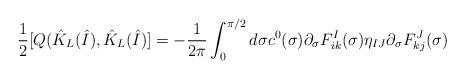
LaTeX: \begin{align*}\frac{1}{2}[Q(\hat{K}_L(\hat{I}),\hat{K}_L(\hat{I})]=-\frac{1}{2\pi}\int_0^{\pi/2}d\sigma c^0(\sigma) \partial_{\sigma}F^I_{ik}(\sigma)\eta_{IJ}\partial_{\sigma}F^J_{kj}(\sigma)\end{align*}